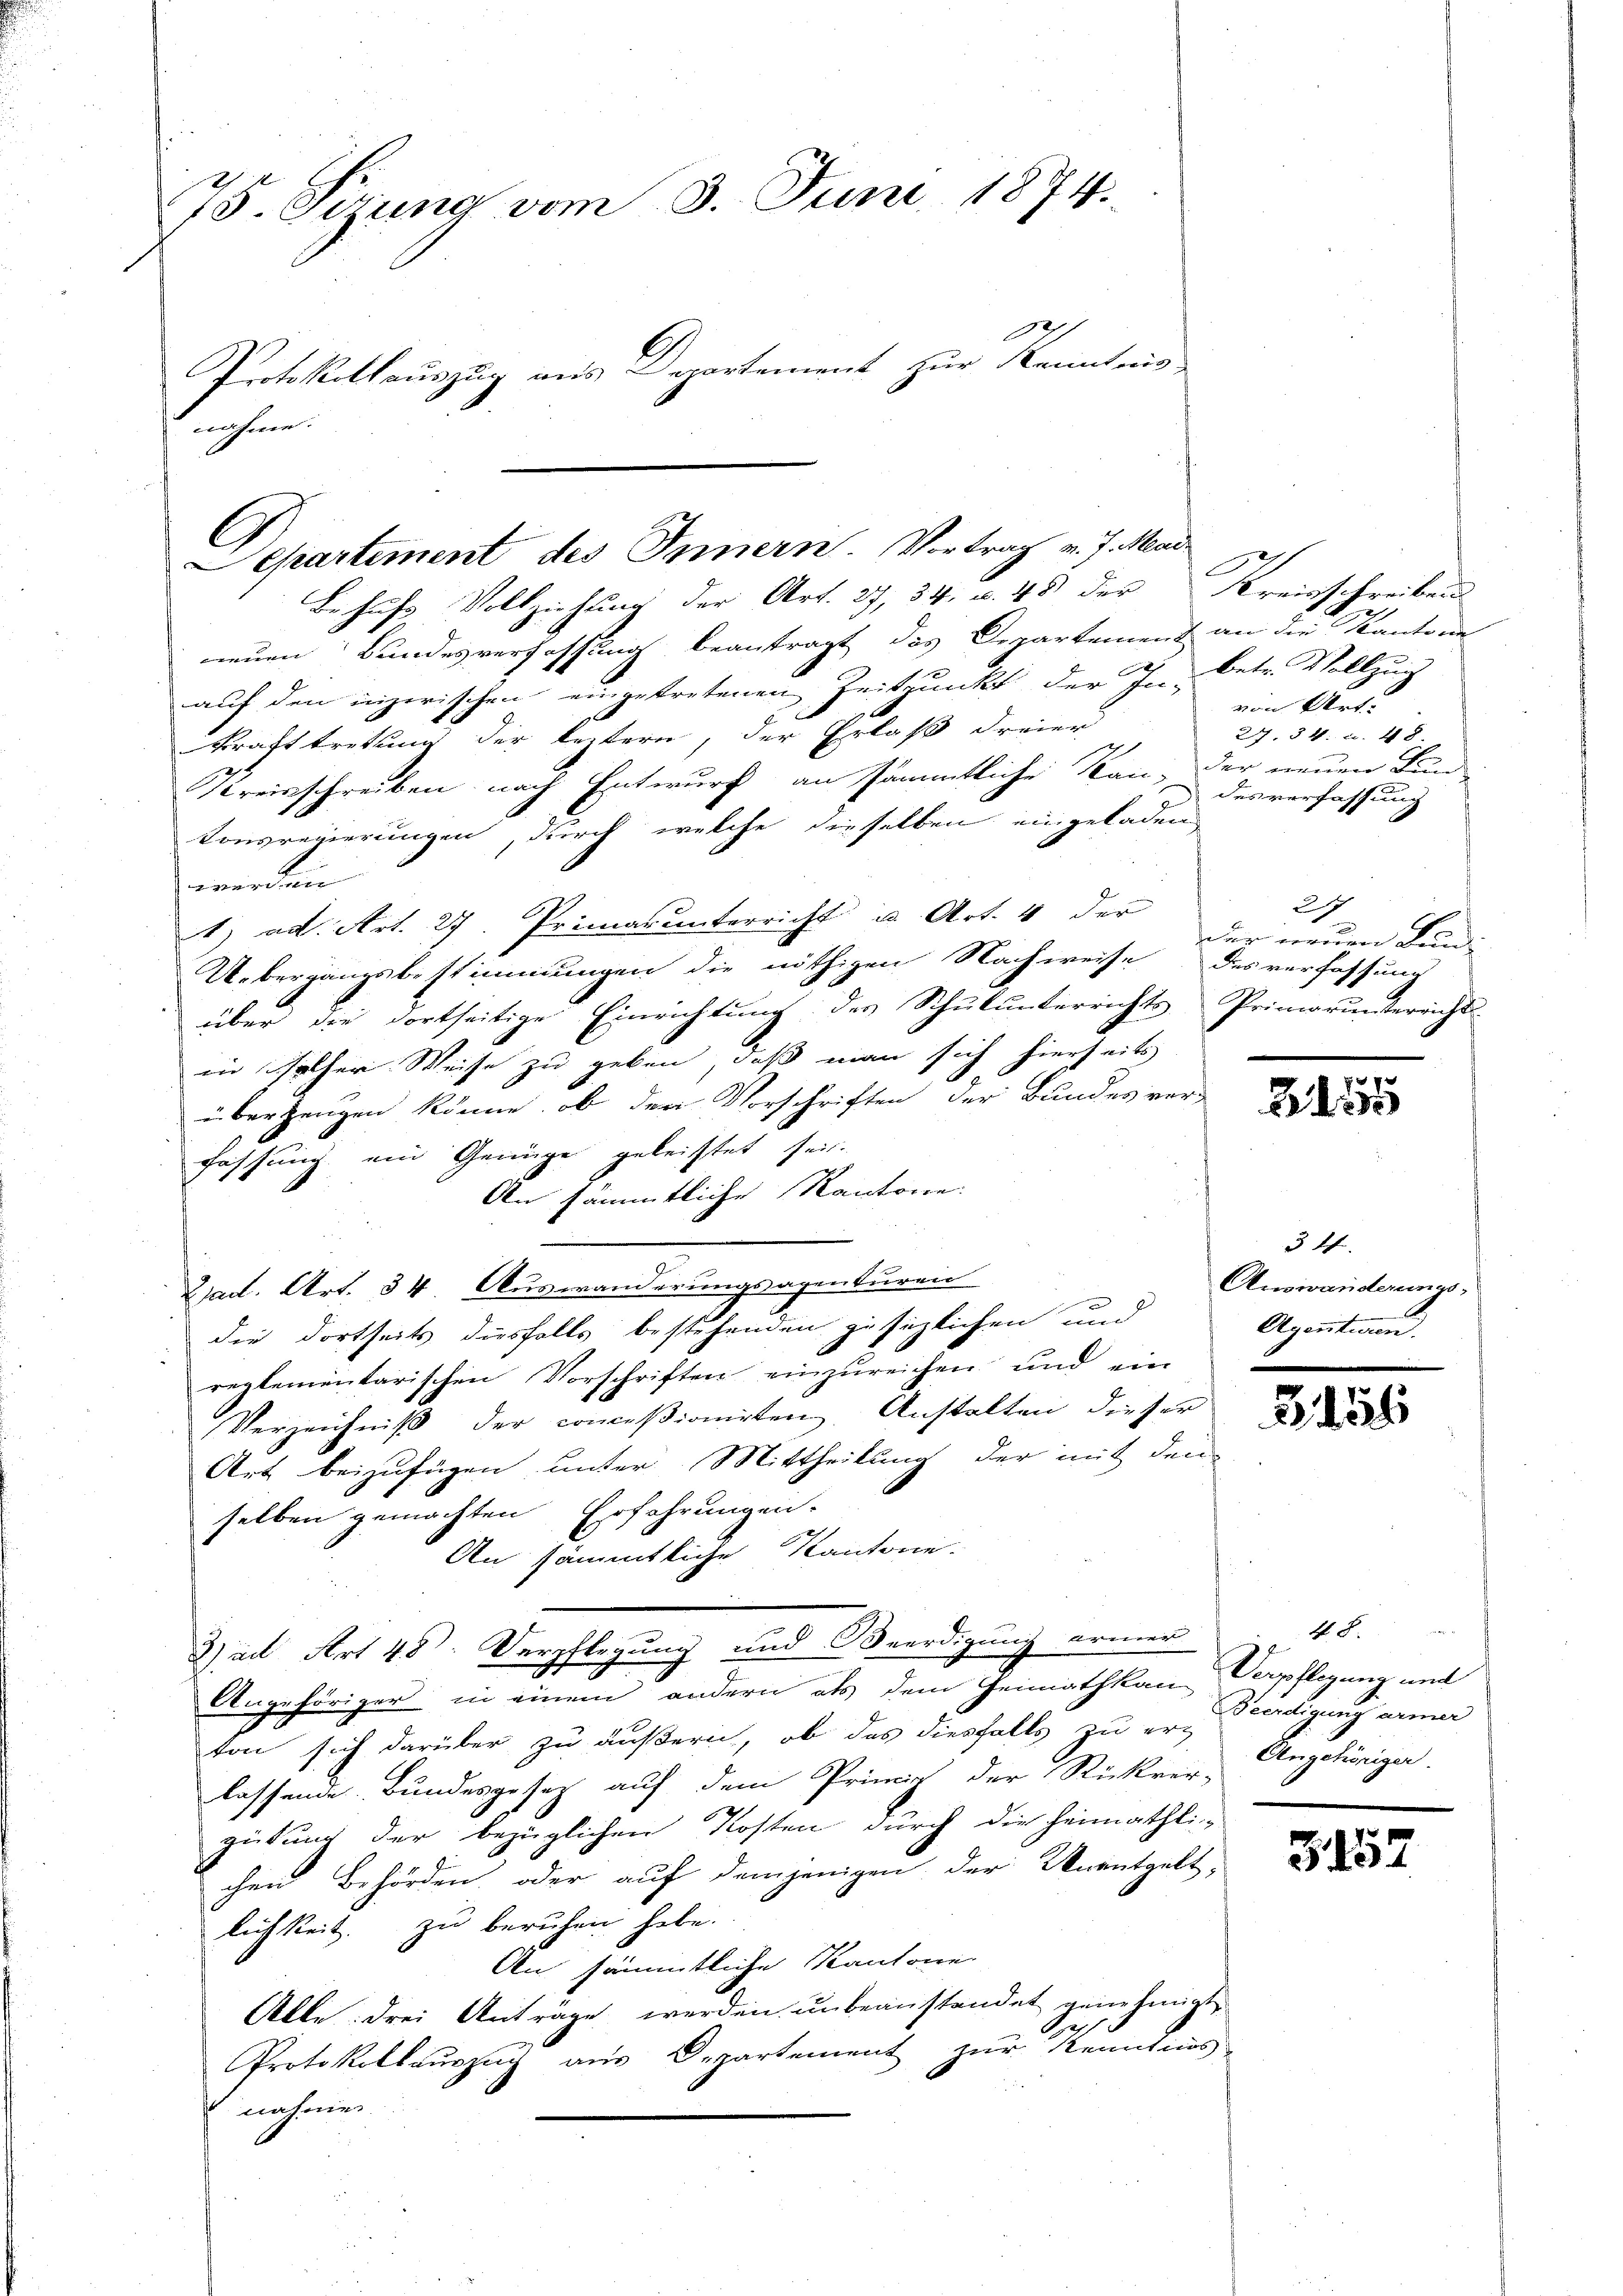
75. Sizung vom 3. Juni 1874.
A
Protokollauszug aus Departement zur Kenntnis
nahme.

Departement des Innern. Vortrag v. J. Mai
Behufs Vollziehung der Art. 27, 34 u. 45 des Kreisschreiben

nneuen Bundesverfassung beantragt das Departement an die Kantone
auf den inzerischen eingetretenen Zeitpunkt der In- Betr. Vollzug
krafttretung der leztern, der Erlaß dreier
Kreisschreiben nach Entwurf an sämmtliche Kan, der neuen Land
tonsregierungen, durch welche dieselben eingeladen
werden
1) ad. Art. 27. Primarunterricht u. Art. 4 der
Uebergangsbestimmungen die nöthigen Nachweise des verfassung
über die dortseitige Einrichtŭng des Schŭlŭnterrichts Primorŭnterricht
in solcher Weise zu geben, daß man sich hierheits
überzeugen könne, ob der Vorschriften der Bundes ver-
fassung ein Genüge geleistet sei.
An sämmtliche Kantone.
Bad. Art. 34. Auswanderungsagenturen
die dortheits diesfalls bestehenden gesezlichen und
reglementarischen Vorschriften einzureichen und ein
Verzeichniß der conceßionirten Anstalten dieser
Art beizufügen unter Mittheilung der mit den
selben gemachten Erfahrungen.
An sämmtliche Kantone.
2)adt Art 48. Verpflegung und Beerdigung armer
Angehöriger in einem andern als dem Heimath kan Verpflegung und
ton sich darüber zu äußern, ob das diesfalls zu erz
lassende Bundesgesetz auf dem Primit der Rückver-
gütung der bezüglichen Kosten durch die heimathli-
chen Behörden, oder auf demjenigen der Unentgelt,
lichkeit. zu beruhen habe.
An sämmtliche Kantone
Alle drei Anträge werden unbeanstandet genehmigt
1
Protokollauszug aus Departement zur Kenntnis
nahmen

von Art.
27. 34. u. 48
desverfassung

217
dur neuen Fund

155

3 ff.
Auswanderungs¬
Agentiren.

G. 156

N. 8.
Beerdigung armer
Angehöriger.

5157